Elephants and their diseases
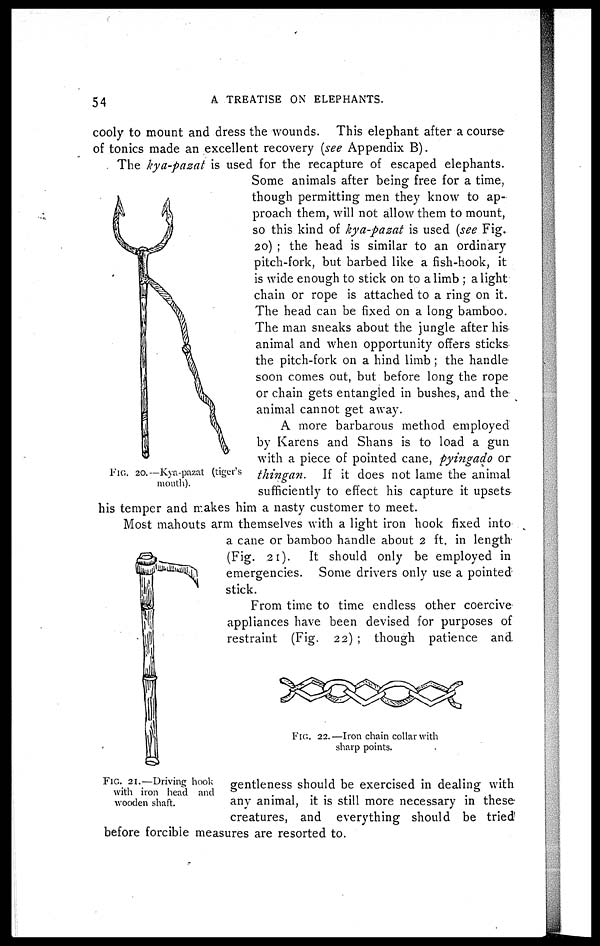
54
A TREATISE ON ELEPHANTS.
cooly to mount and dress the wounds. This elephant after a course
of tonics made an excellent recovery (see Appendix B).
The kya-pazat is used for the recapture of escaped elephants.
Some animals after being free for a time,
though permitting men they know to ap¬
proach them, will not allow them to mount,
so this kind of kya-pazat is used (see Fig.
20) ; the head is similar to an ordinary
pitch-fork, but barbed like a fish-hook, it
is wide enough to stick on to a limb ; a light
chain or rope is attached to a ring on it.
The head can be fixed on a long bamboo.
The man sneaks about the jungle after his
animal and when opportunity offers sticks
the pitch-fork on a hind limb ; the handle
soon comes out, but before long the rope
or chain gets entangled in bushes, and the
animal cannot get away.
A more barbarous method employed
by Karens and Shans is to load a gun
with a piece of pointed cane, pyingado or
thingan.
If it does not lame the animal
sufficiently to effect his capture it upsets
his temper and makes him a nasty customer to meet.
Most mahouts arm themselves with a light iron hook fixed into
a cane or bamboo handle about 2 ft. in length
(Fig. .21). It should only be employed in
emergencies. Some drivers only use a pointed
stick.
From time to time endless other coercive
appliances have been devised for purposes of
restraint (Fig. 22) ; though patience and
gentleness should be exercised in dealing with
any animal, it is still more necessary in these
creatures, and everything should be tried
before forcible measures are resorted to.
FIG. 20.—Kya-pazat (tiger's
mouth).
FIG. 21.—Driving hook
with iron head and
wooden shaft.
FIG. 22.—Iron chain collar with
sharp points.